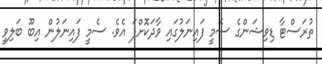
ތުރަސްޓާ ޑިވިޝަންގެ ސެމީ ފައިނަލުގައި ވާދަކޮށްފަ އެވެ. ސެމީ ފައިނަލުން އިބޫ ބަލިވީ